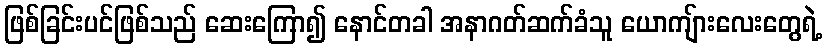
ဖြစ်ခြင်းပင်ဖြစ်သည် ဆေးကြော၍ နောင်တခါ အနာဂတ်ဆက်ခံသူ ယောကျ်ားလေးတွေရဲ့